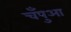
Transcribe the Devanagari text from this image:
चँपुआ